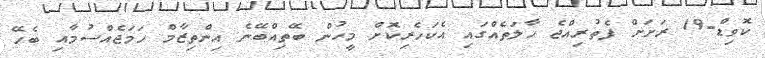
ކޮވިޑް-19 ރަށަށް ފެތުރިއްޖެ ހާލަތެއްގައި އެކަހެރިކޮށް މީހުން ބޭތިއްބޭނެ އިންތިޒާމް ހަމަޖެއްސުމާއި ބެހޭ